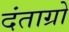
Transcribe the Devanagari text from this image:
दंताग्रो